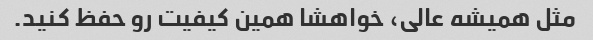
مثل همیشه عالی، خواهشا همین کیفیت رو حفظ کنید.